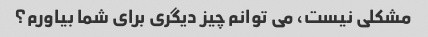
مشکلی نیست، می توانم چیز دیگری برای شما بیاورم؟